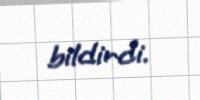
bildirdi.